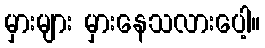
မှားများ မှားနေသလားပေါ့။